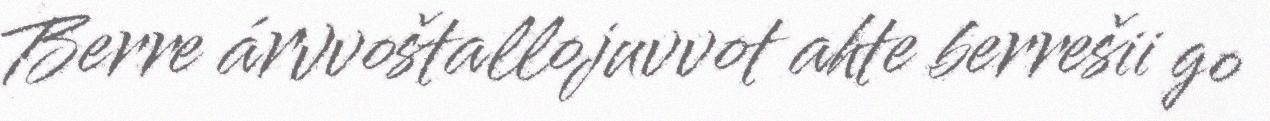
Berre árvvoštallojuvvot ahte berrešii go